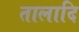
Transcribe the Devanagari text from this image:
तालादि